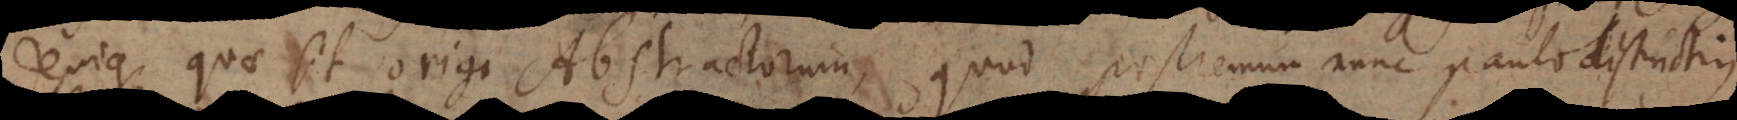
Denique quae sit origo Abstractorum, quod postremum nunc paulo distinctius